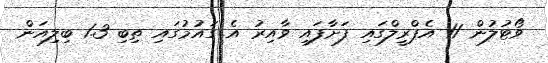
ވޯޓުލުން 11 އެޕްރީލްގައި ފަށާފައި ވާއިރު އެ ގައުމުގައި ތިބި 1.3 ބިލިއަން